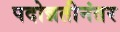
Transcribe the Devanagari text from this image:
पदोन्नतीनंतर